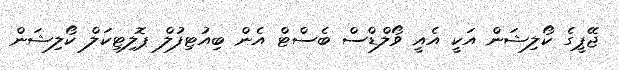
ޖޭޕީގެ ކޯލިޝަން އަކީ އެއީ ވޯލްޑްސް ބެސްޓް އެން ބިއުޓިފުލް ޕޮލިޓިކަލް ކޯލިޝަން